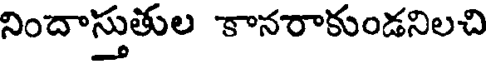
నిందాస్తుతుల కానరాకుండనిలచి